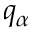
q _ { \alpha }